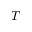
T